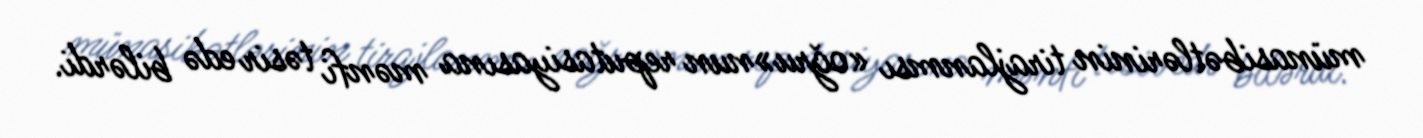
münasibətlərinin tirajlanmsı «oğru»nun reputasiyasına mənfi təsir edə bilərdi.